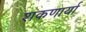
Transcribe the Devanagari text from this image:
शकणार्या